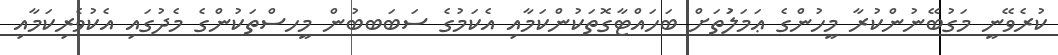
ކުރެވޭނީ މަގުބޭނުންކުރާ މީހުންގެ ޢަމަލަުތަށް ބަހައްޓާގޮތަކުންކަމާއި އެކަމުގެ ސަބަބބުން މީހސްތަކުންގެ މެދުގައި އެކުވެރިކަމާއި